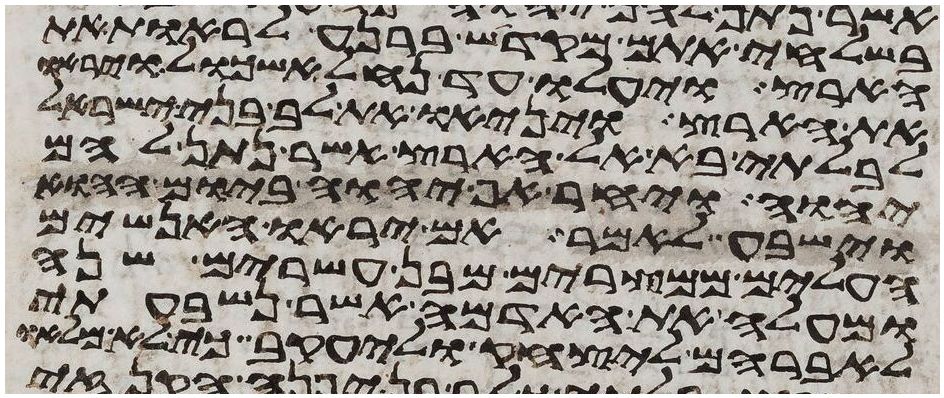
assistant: בשלחי אתם מקדש ברנע לראות את
הארץ ויעלו עד נחל אשכול ויראו
את הארץ ויניאו את לב בני ישראל
לבלתי בא אל הארץ אשר נתן להם
יהוה ויחר אף יהוה ביום ההוא
וישבע לאמר אם יראו האנשים
העלים ממצרים מבן עשרים שנה
ומעלה את האדמה אשר נשבעתי
לאברהם ליצחק וליעקב כי לא מלאו